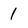
Character: 1